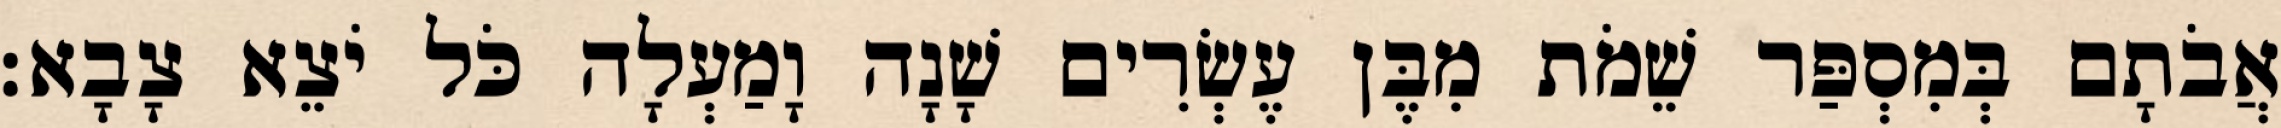
אֲבֹתָם בְּמִסְפַּר שֵׁמֹת מִבֶּן עֶשְׂרִים שָׁנָה וָמַעְלָה כֹּל יֹצֵא צָבָא׃